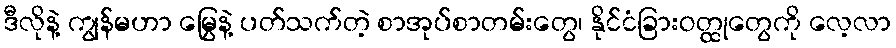
ဒီလိုနဲ့ ကျွန်မဟာ မြွေနဲ့ ပတ်သက်တဲ့ စာအုပ်စာတမ်းတွေ၊ နိုင်ငံခြားဝတ္ထုတွေကို လေ့လာ